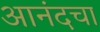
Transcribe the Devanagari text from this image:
आनंदचा